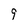
Character: 9